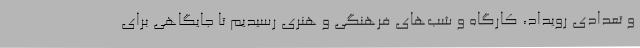
و تعدادی رویداد، کارگاه و شب‌های فرهنگی و هنری رسیدیم تا جایگاهی برای